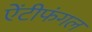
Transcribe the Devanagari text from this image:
ऐंटीफंगल